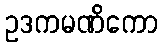
ဥဒကမဏိကော